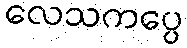
လေသကပ္ပေ